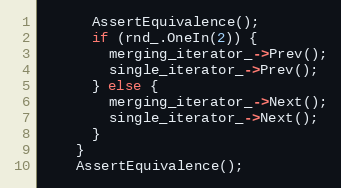
Language: C++
      AssertEquivalence();
      if (rnd_.OneIn(2)) {
        merging_iterator_->Prev();
        single_iterator_->Prev();
      } else {
        merging_iterator_->Next();
        single_iterator_->Next();
      }
    }
    AssertEquivalence();